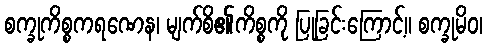
စက္ခုကိစ္စကရဏေန၊ မျက်စိ၏ကိစ္စကို ပြုခြင်းကြောင့်။ စက္ခုမိဝ၊